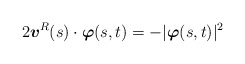
\begin{align*}2\mbox{\mathversion{bold}$v$}^{R}(s)\cdot \mbox{\mathversion{bold}$\varphi$}(s,t)=-\lvert\mbox{\mathversion{bold}$\varphi$}(s,t)\rvert^{2}\end{align*}